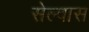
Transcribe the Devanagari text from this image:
सेल्वास